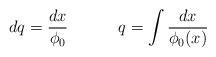
LaTeX: \begin{align*}dq = {dx \over \phi_0} {\hskip.5in} q=\int{dx \over \phi_0(x)} \end{align*}